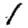
Digit: 1